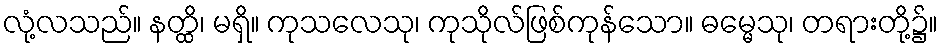
လုံ့လသည်။ နတ္ထိ၊ မရှိ။ ကုသလေသု၊ ကုသိုလ်ဖြစ်ကုန်သော။ ဓမ္မေသု၊ တရားတို့၌။